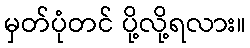
မှတ်ပုံတင် ပို့လို့ရလား။